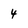
Character: 4